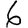
Digit: 6